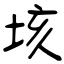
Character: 垓